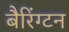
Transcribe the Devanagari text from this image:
बैरिंग्टन